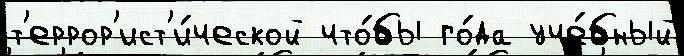
т'еррор'ист'и́ческой что́бы го́да уче́бный